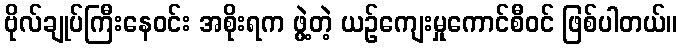
ဗိုလ်ချုပ်ကြီးနေဝင်း အစိုးရက ဖွဲ့တဲ့ ယဉ်ကျေးမှုကောင်စီဝင် ဖြစ်ပါတယ်။